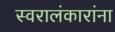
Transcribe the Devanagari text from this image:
स्वरालंकारांना